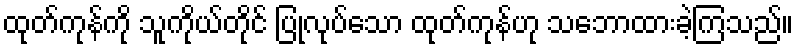
ထုတ်ကုန်ကို သူကိုယ်တိုင် ပြုလုပ်သော ထုတ်ကုန်ဟု သဘောထားခဲ့ကြသည်။